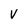
Character: v